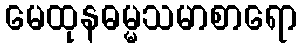
မေထုနဓမ္မသမာစာရော